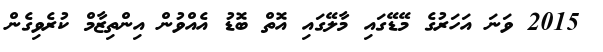
2015 ވަނަ އަހަރުގެ މޭޑޭގައި މާލޭގައި އޮތް ބޮޑު އެއްވުން އިންތިޒާމް ކުރެވިގެން